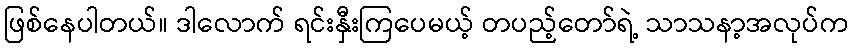
ဖြစ်နေပါတယ်။ ဒါလောက် ရင်းနှီးကြပေမယ့် တပည့်တော်ရဲ့ သာသနာ့အလုပ်က